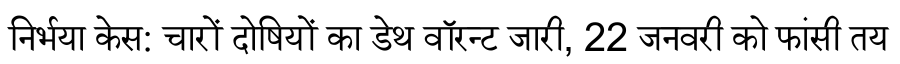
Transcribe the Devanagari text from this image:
निर्भया केस: चारों दोषियों का डेथ वॉरन्ट जारी, 22 जनवरी को फांसी तय